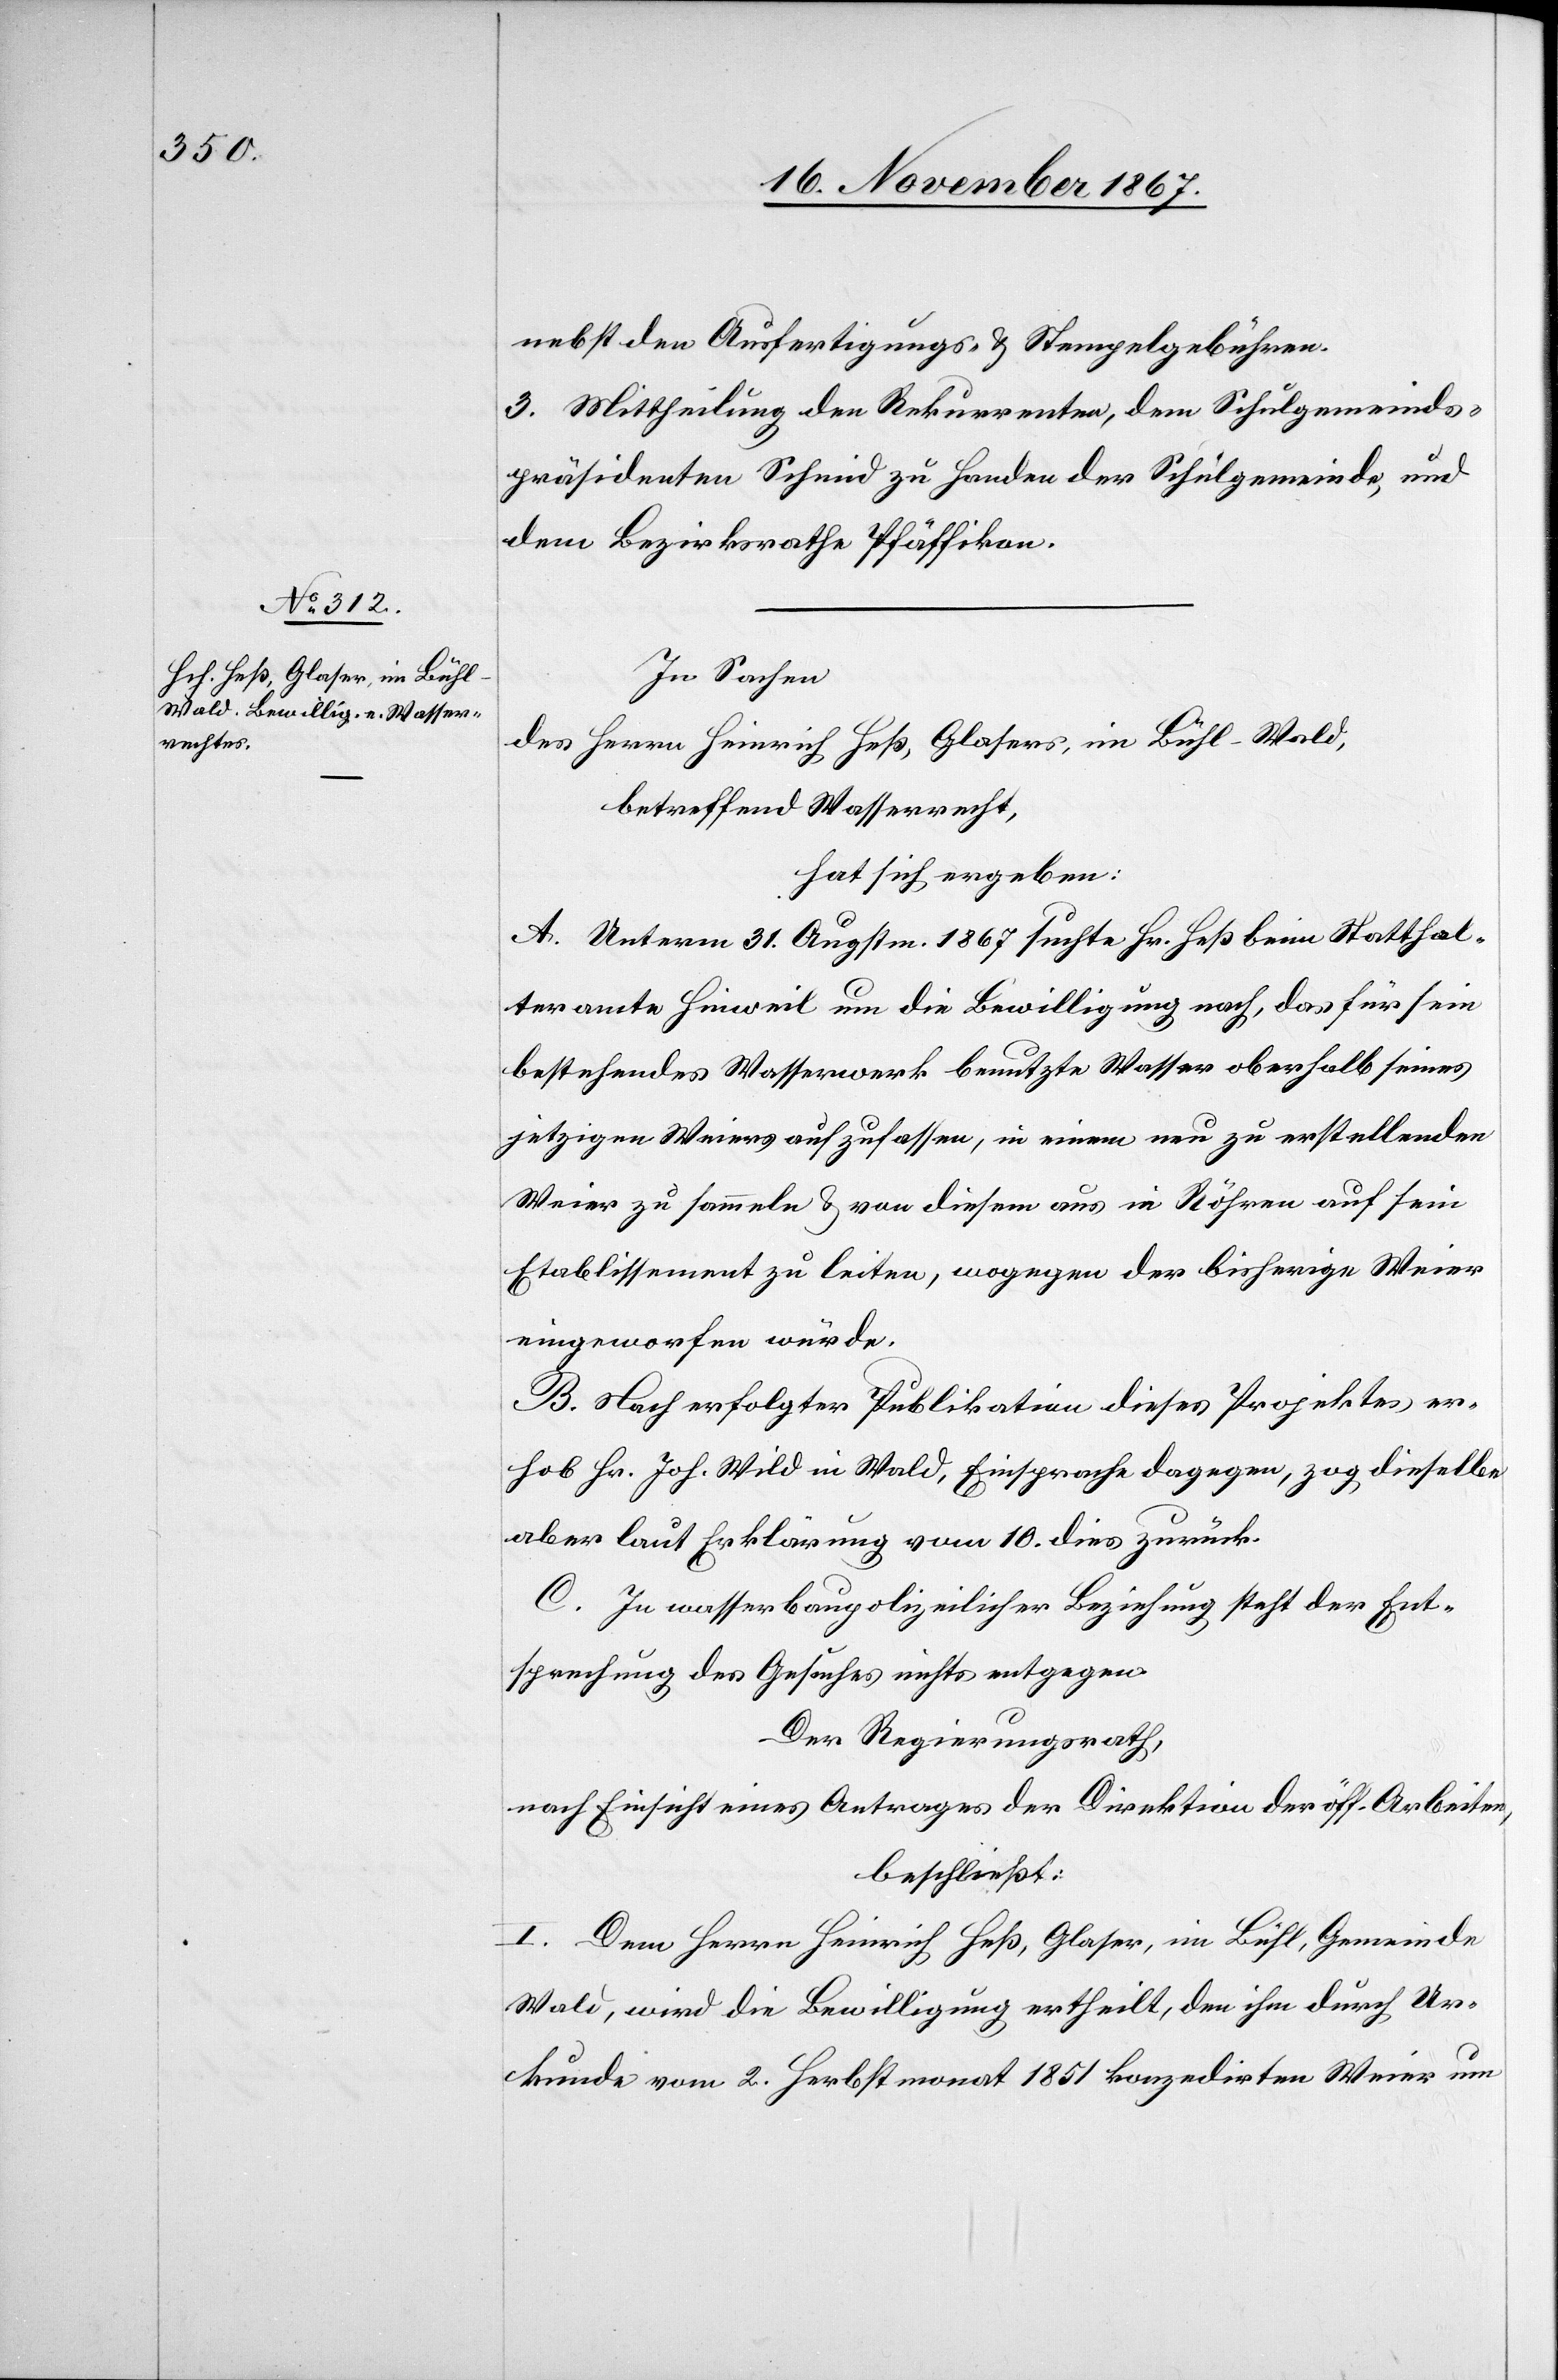
nebst den Ausfertigungs- u. Stempelgebühren.
3. Mittheilung den Rekurrenten, dem Schulgemeinds¬
präsidenten Schmid zu Handen der Schulgemeinde, und
dem Bezirksrathe Pfäffikon.
In Sachen
des Herrn Heinrich Heß, Glaser, im Bühl - Wald,
betreffend Wasserrecht,
hat sich ergeben:
A. Unterm 31. Augstm. 1867 suchte Hr. Heß beim Statthal¬
teramte Hinweil um die Bewilligung nach, das für sein
bestehendes Wasserwerk benutzte Wasser oberhalb seines
jetzigen Weiers aufzufassen, in einem neu zu erstellenden
Weier zu sammeln u. von diesem aus in Röhren auf sein
Etablissement zu leiten, wogegen der bisherige Weier
eingeworfen würde.
B. Nach erfolgter Publikation dieses Projektes er¬
hob Hr. Joh. Wild in Wald, Einsprache dagegen, zog dieselbe
aber laut Erklärung vom 10. dies zurück.
C. In wasserbaupolizeilicher Beziehung steht der Ent¬
sprechung des Gesuches nichts entgegen.
Der Regierungsrath,
nach Einsicht eines Antrages der Direktion der öff. Arbeiten,
beschließt:
I. Dem Herrn Heinrich Heß, Glaser, im Bühl, Gemeinde
Wald, wird die Bewilligung ertheilt, den ihm durch Ur¬
kunde vom 2. Herbstmonat 1851 konzedirten Weier um